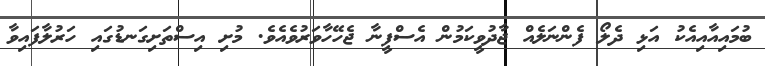
ބުމައިއާއިއެކު އަޅި ދެލޯ ފެންނަލެއް ޖާދުވީކަމުން އެސްފީނާ ޖެހޭހާވަރުވެއެވެ. މުށި އިސްތަށިގަނޑުގައި ހަރުލާފައިވާ